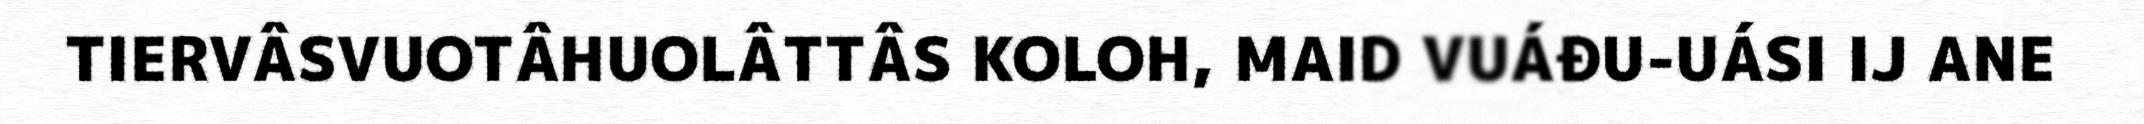
TIERVÂSVUOTÂHUOLÂTTÂS KOLOH, MAID VUÁĐU-UÁSI IJ ANE